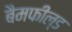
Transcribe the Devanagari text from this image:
बैमफील्ड